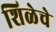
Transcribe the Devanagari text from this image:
शिळेचे